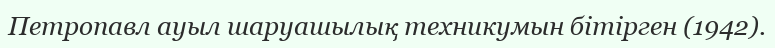
Петропавл ауыл шаруашылық техникумын бітірген (1942).